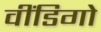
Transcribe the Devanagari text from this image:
वींडिगो